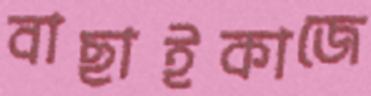
বাছাইকাজে